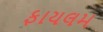
ફાયલમ